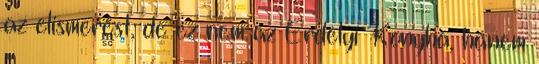
az elismerést, de ez nem az Erdélyi Konyha, hanem